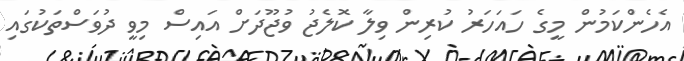
އެހެންކަމުން މީގެ ހައަހަރު ކުރިން ވިލާ ކޮލެޖު ވުޖޫދަށް އައިސް މިވީ ދުވަސްތަކުގައި